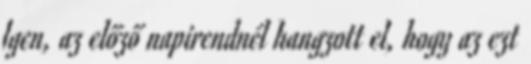
Igen, az előző napirendnél hangzott el, hogy az ezt